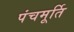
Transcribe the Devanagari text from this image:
पंचमूर्ति